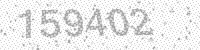
Solution: 159402